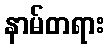
နာမ်တရား